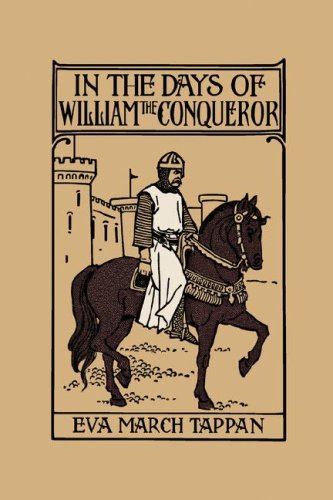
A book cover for In the Days of William the Conqueror (Yesterday's Classics); Eva March Tappan; Teen & Young Adult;